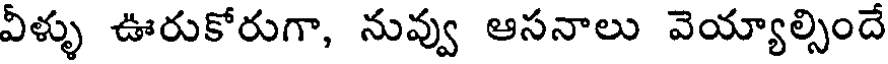
వీళ్ళు ఊరుకోరుగా, నువ్వు ఆసనాలు వెయ్యాల్సిందే